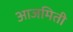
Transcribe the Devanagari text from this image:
आजमिती